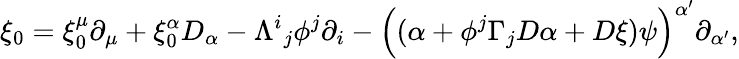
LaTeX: \xi_{0}=\xi_{0}^{\mu}\partial_{\mu}+\xi_{0}^{\alpha}D_{\alpha}-\Lambda^{i}{}_{j}\phi^{j}\partial_{i}-\Big((\alpha+\phi^{j}\Gamma_{j}D\alpha+D\xi)\psi\Big)^{\alpha^{\prime}}\partial_{\alpha^{\prime}},